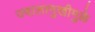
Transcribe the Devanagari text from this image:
ज्वालामुखीमुळे